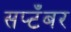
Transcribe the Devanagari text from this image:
सप्टँबर